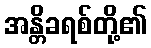
အန္တိခရစ်တို့၏